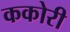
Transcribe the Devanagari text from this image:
ककोरी